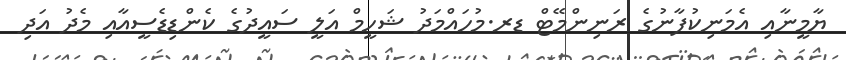
ޔާމީނާއި އެމަނިކުފާނުގެ ރަނިންމޭޓް ޑރ.މުހައްމަދު ޝަހީމް އަލީ ސައީދުގެ ކެންޑިޑެސީއާއި މެދު އަދި